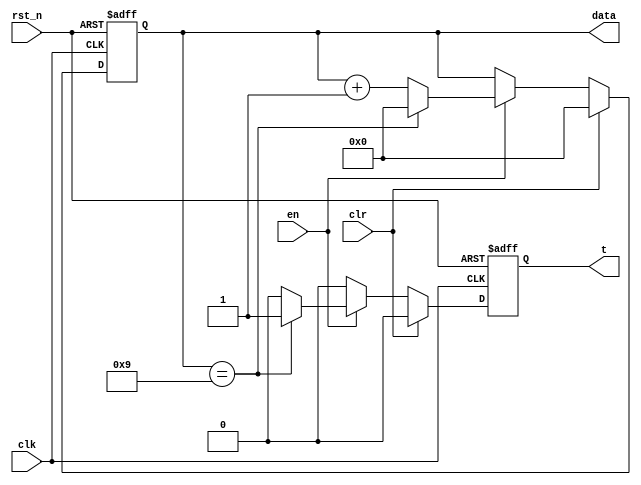
module count_m10(
    input          clk,
    input          rst_n,
    input          en,    //Counter enable
    input          clr,   //Counter synchronous reset   
    output reg[3:0]data,  //counter value
    output reg     t      // carry enable signal
);
always@(posedge clk or negedge rst_n) 
begin
    if(rst_n==0)
    begin
        data <= 4'd0;
        t <= 1'd0;
    end
    else if(clr)
    begin
        data <= 4'd0;
        t <= 1'd0;      
    end
    else if(en)
    begin
        if(data==4'd9)
        begin
            t<= 1'b1;    
            data <= 4'd0;
        end
        else
        begin
            t <= 1'b0;
            data <= data + 4'd1;
        end
    end
    else
        t <= 1'b0;
end

endmodule